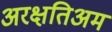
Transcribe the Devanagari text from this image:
अरक्षतिअम